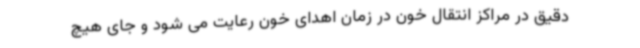
دقیق در مراکز انتقال خون در زمان اهدای خون رعایت می شود و جای هیچ